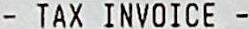
- TAX INVOICE -